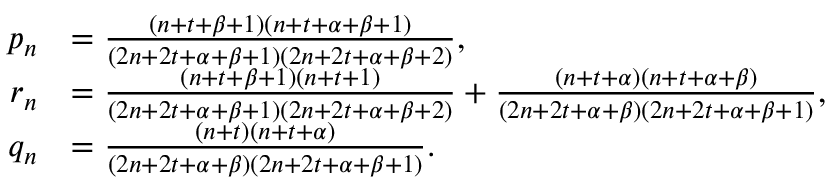
\begin{array} { r l } { p _ { n } } & { = \frac { ( n + t + \beta + 1 ) ( n + t + \alpha + \beta + 1 ) } { ( 2 n + 2 t + \alpha + \beta + 1 ) ( 2 n + 2 t + \alpha + \beta + 2 ) } , } \\ { r _ { n } } & { = \frac { ( n + t + \beta + 1 ) ( n + t + 1 ) } { ( 2 n + 2 t + \alpha + \beta + 1 ) ( 2 n + 2 t + \alpha + \beta + 2 ) } + \frac { ( n + t + \alpha ) ( n + t + \alpha + \beta ) } { ( 2 n + 2 t + \alpha + \beta ) ( 2 n + 2 t + \alpha + \beta + 1 ) } , } \\ { q _ { n } } & { = \frac { ( n + t ) ( n + t + \alpha ) } { ( 2 n + 2 t + \alpha + \beta ) ( 2 n + 2 t + \alpha + \beta + 1 ) } . } \end{array}